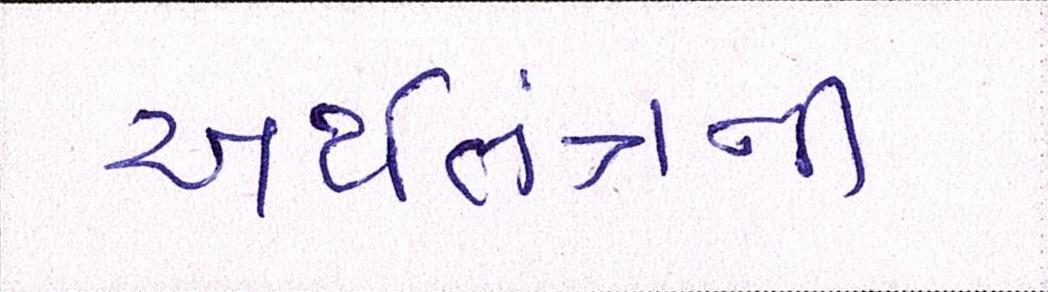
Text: અર્થતંત્રની